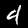
Digit: 4